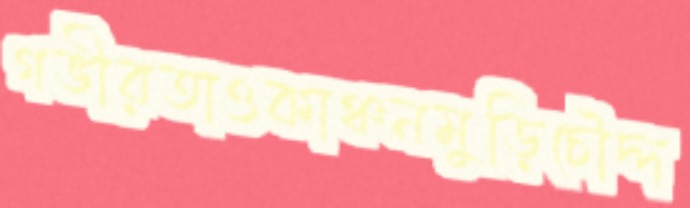
গভীরতাওকাঞ্চনমুড়িচৌদ্দ